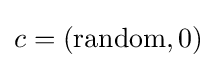
c=({\text{random}},0)